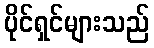
ပိုင်ရှင်များသည်